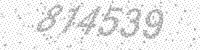
Solution: 814539